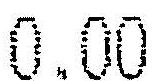
0.00